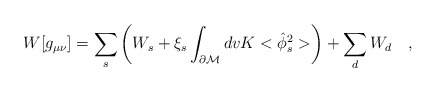
\begin{align*}W[g_{\mu\nu}]=\sum_{s}\left( W_s+\xi_s\int_{\partial {\cal M}}dvK<\hat{\phi}_s^2>\right)+\sum_{d} W_d~~~,\end{align*}